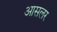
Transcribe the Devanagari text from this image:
आसलर